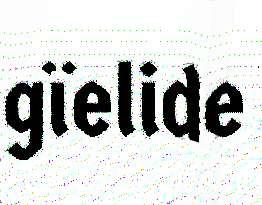
gïelide